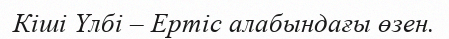
Кіші Үлбі – Ертіс алабындағы өзен.